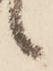
候